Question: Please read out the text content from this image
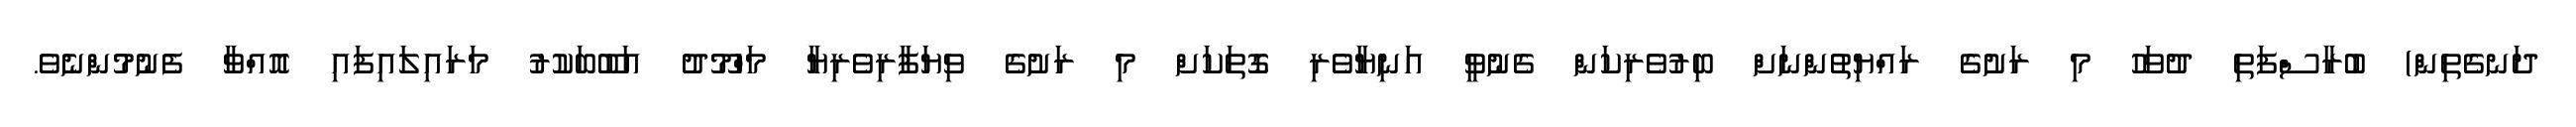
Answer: ދަނގެތިން) ބުރާސްފަތި ދުވަހު މި ރަށުގެ ރައްޔިތުންނަށް ބިރުވެރިކަން ގެނުވީ އަނިޔާވެރި ގޮތަކަށް މި ރަށުގެ ވިޔަފާރިވެރިޔާ މަހްމޫދު އަބޫބަކުރު މަރައިލައިފައި އޮއްވާ ފެނުމުންނެވެ.